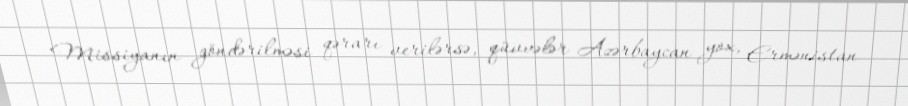
Missiyanın göndərilməsi qərarı verilərsə, qüvvələr Azərbaycan yox, Ermənistan